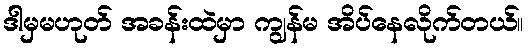
ဒါမှမဟုတ် အခန်းထဲမှာ ကျွန်မ အိပ်နေလိုက်တယ်။